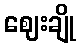
ဈေးချို